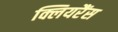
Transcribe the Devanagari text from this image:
क्लियरैंस